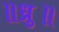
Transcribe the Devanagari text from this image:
॥ध्रु॥